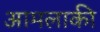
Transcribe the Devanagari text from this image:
आमलाकी